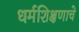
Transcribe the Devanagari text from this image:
धर्मशिक्षणाचे